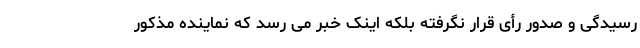
رسیدگی و صدور رأی قرار نگرفته بلکه اینک خبر می رسد که نماینده مذکور